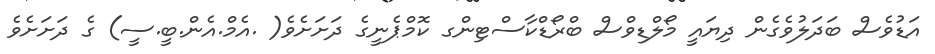
އަޑުވެސް ބަދަލުވެގެން ދިޔައީ މޯލްޑިވްސް ބްރޯޑްކާސްޓިންގ ކޮމްޕެނީގެ ދަށަށެވެ( .އެމް.އެން.ބީ.ސީ) ގެ ދަށަށެވެ